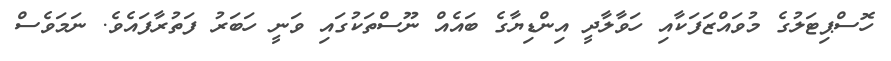
ހޮސްޕިޓަލުގެ މުވައްޒަފަކާއި ހަވާލާދީ އިންޑިޔާގެ ބައެއް ނޫސްތަކުގައި ވަނީ ހަބަރު ފަތުރާފައެވެ. ނަމަވެސް